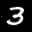
Label: 3